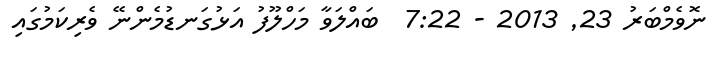
ނޮވެމްބަރު 23